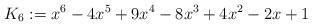
LaTeX: \begin{align*}K_6:=x^6-4x^5+9x^4-8x^3+4x^2-2x+1\end{align*}